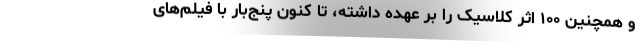
و همچنین ۱۰۰ اثر کلاسیک را بر عهده داشته، تا کنون پنج‌بار با فیلم‌های